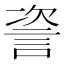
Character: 𬢤